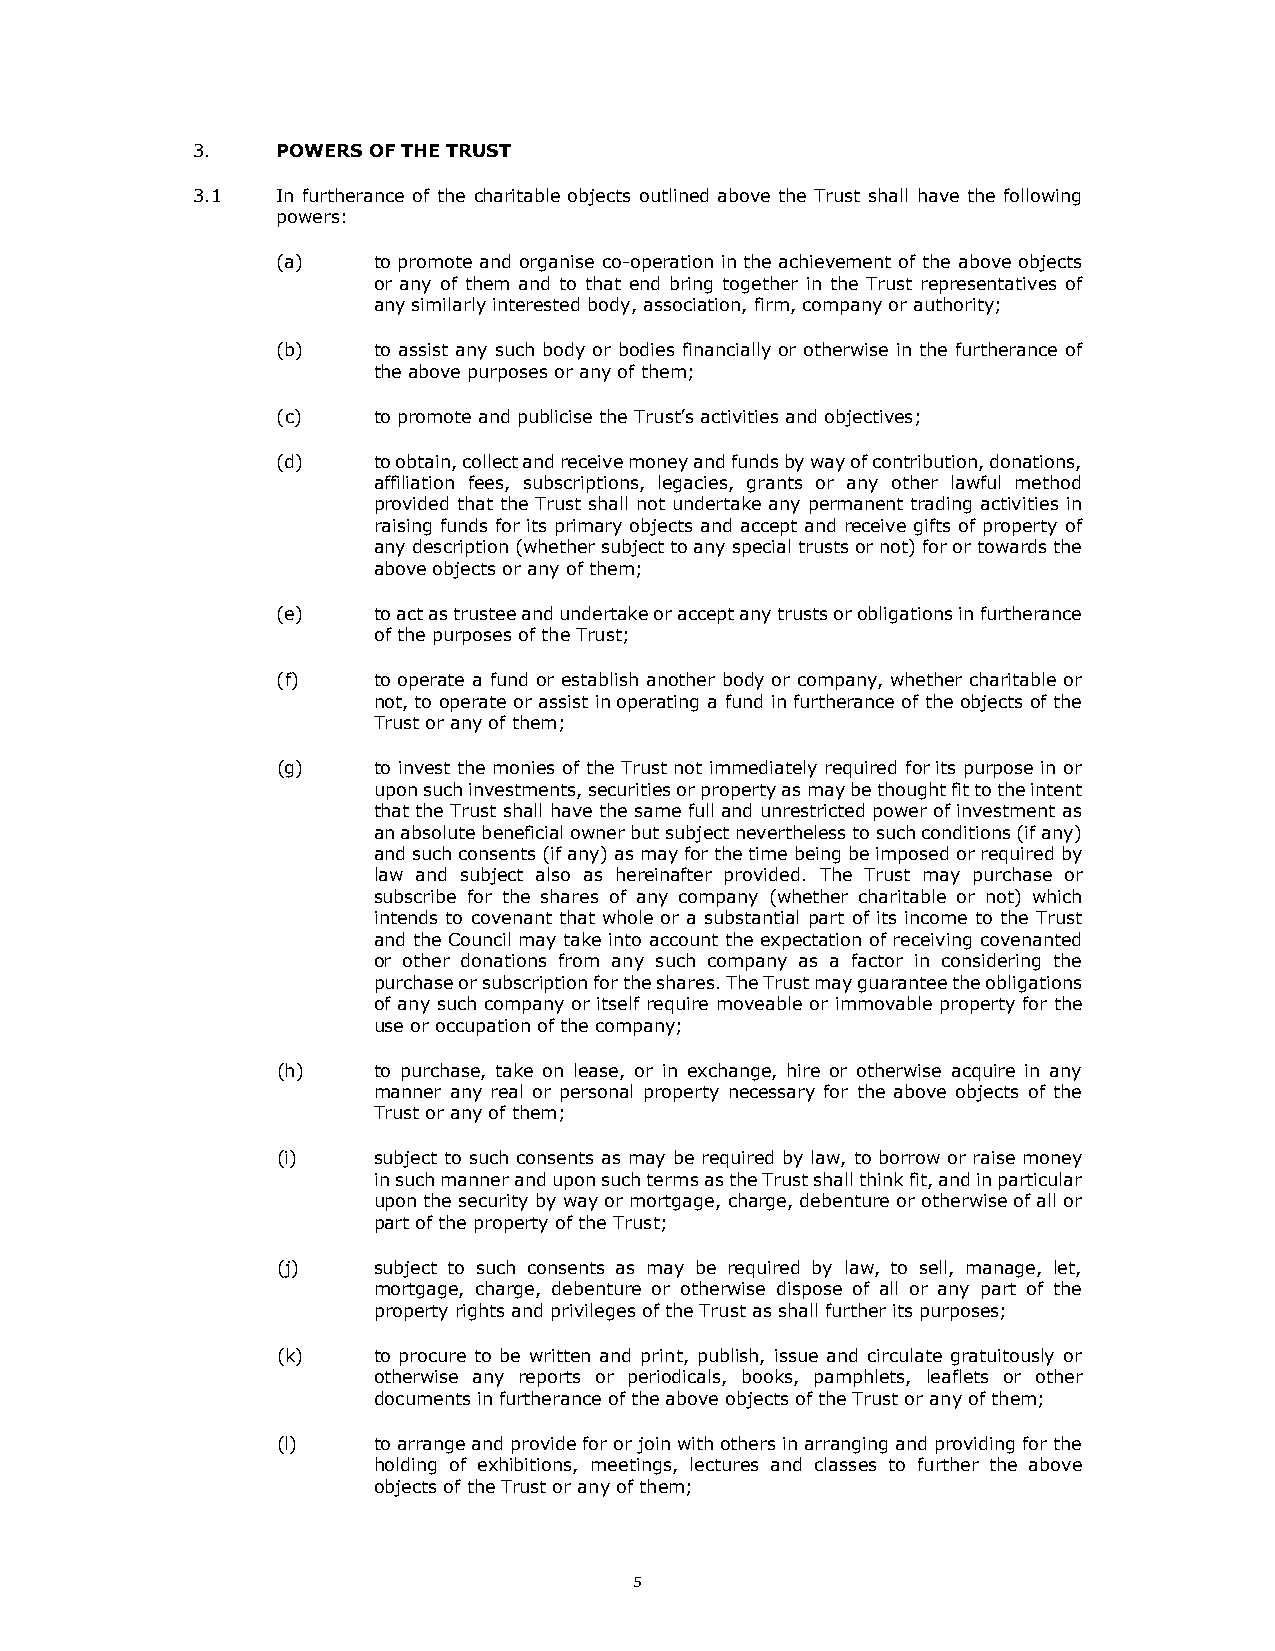
3.   POWERS OF THE TRUST
 3.1  In furtherance of the charitable objects outlined above the Trust shall have the following
 powers:
 (a)    to promote and organise co-operation in the achievement of the above objects
 or any of them and to that end bring together in the Trust representatives of
 any similarly interested body, association, firm, company or authority;
 (b)    to assist any such body or bodies financially or otherwise in the furtherance of
 the above purposes or any of them;
 (c)    to promote and publicise the Trust’s activities and objectives;
 (d)    to obtain, collect and receive money and funds by way of contribution, donations,
 affiliation fees, subscriptions, legacies, grants or any other lawful method
 provided that the Trust shall not undertake any permanent trading activities in
 raising funds for its primary objects and accept and receive gifts of property of
 any description (whether subject to any special trusts or not) for or towards the
 above objects or any of them;
 (e)    to act as trustee and undertake or accept any trusts or obligations in furtherance
 of the purposes of the Trust;
 (f)    to operate a fund or establish another body or company, whether charitable or
 not, to operate or assist in operating a fund in furtherance of the objects of the
 Trust or any of them;
 (g)    to invest the monies of the Trust not immediately required for its purpose in or
 upon such investments, securities or property as may be thought fit to the intent
 that the Trust shall have the same full and unrestricted power of investment as
 an absolute beneficial owner but subject nevertheless to such conditions (if any)
 and such consents (if any) as may for the time being be imposed or required by
 law and subject also as hereinafter provided. The Trust may purchase or
 subscribe for the shares of any company (whether charitable or not) which
 intends to covenant that whole or a substantial part of its income to the Trust
 and the Council may take into account the expectation of receiving covenanted
 or other donations from any such company as a factor in considering the
 purchase or subscription for the shares. The Trust may guarantee the obligations
 of any such company or itself require moveable or immovable property for the
 use or occupation of the company;
 (h)    to purchase, take on lease, or in exchange, hire or otherwise acquire in any
 manner any real or personal property necessary for the above objects of the
 Trust or any of them;
 (i)    subject to such consents as may be required by law, to borrow or raise money
 in such manner and upon such terms as the Trust shall think fit, and in particular
 upon the security by way or mortgage, charge, debenture or otherwise of all or
 part of the property of the Trust;
 (j)    subject to such consents as may be required by law, to sell, manage, let,
 mortgage, charge, debenture or otherwise dispose of all or any part of the
 property rights and privileges of the Trust as shall further its purposes;
 (k)    to procure to be written and print, publish, issue and circulate gratuitously or
 otherwise any reports or periodicals, books, pamphlets, leaflets or other
 documents in furtherance of the above objects of the Trust or any of them;
 (l)    to arrange and provide for or join with others in arranging and providing for the
 holding of exhibitions, meetings, lectures and classes to further the above
 objects of the Trust or any of them;
 5